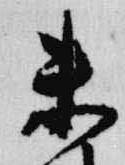
未